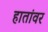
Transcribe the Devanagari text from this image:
हातांवर